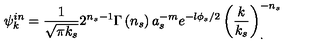
\psi _ { k } ^ { i n } = \frac { 1 } { \sqrt { \pi k _ { s } } } 2 ^ { n _ { s } - 1 } \Gamma \left( n _ { s } \right) a _ { s } ^ { - m } e ^ { - l \phi _ { s } / 2 } \left( \frac k { k _ { s } } \right) _ { . } ^ { - n _ { s } }